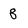
Character: 8